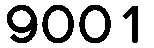
9001